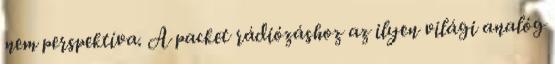
nem perspektíva. A packet rádiózáshoz az ilyen világi analóg